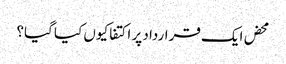
محض ایک قرارداد پر اکتفا کیوں کیا گیا؟